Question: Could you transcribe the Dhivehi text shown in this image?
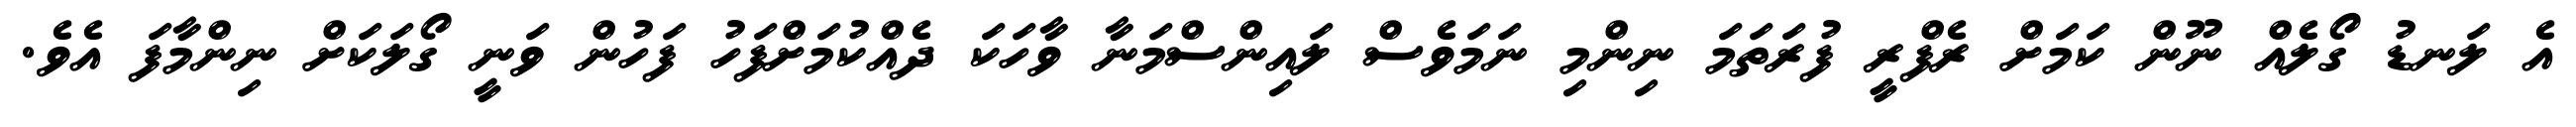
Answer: އެ ލަނޑު ގޯލެއް ނޫން ކަމަށް ރެފްރީ ފުރަތަމަ ނިންމި ނަމަވެސް ލައިންސްމަނާ ވާހަކަ ދެއްކުމަށްފަހު ފަހުން ވަނީ ގޯލަކަށް ނިންމާފަ އެވެ.